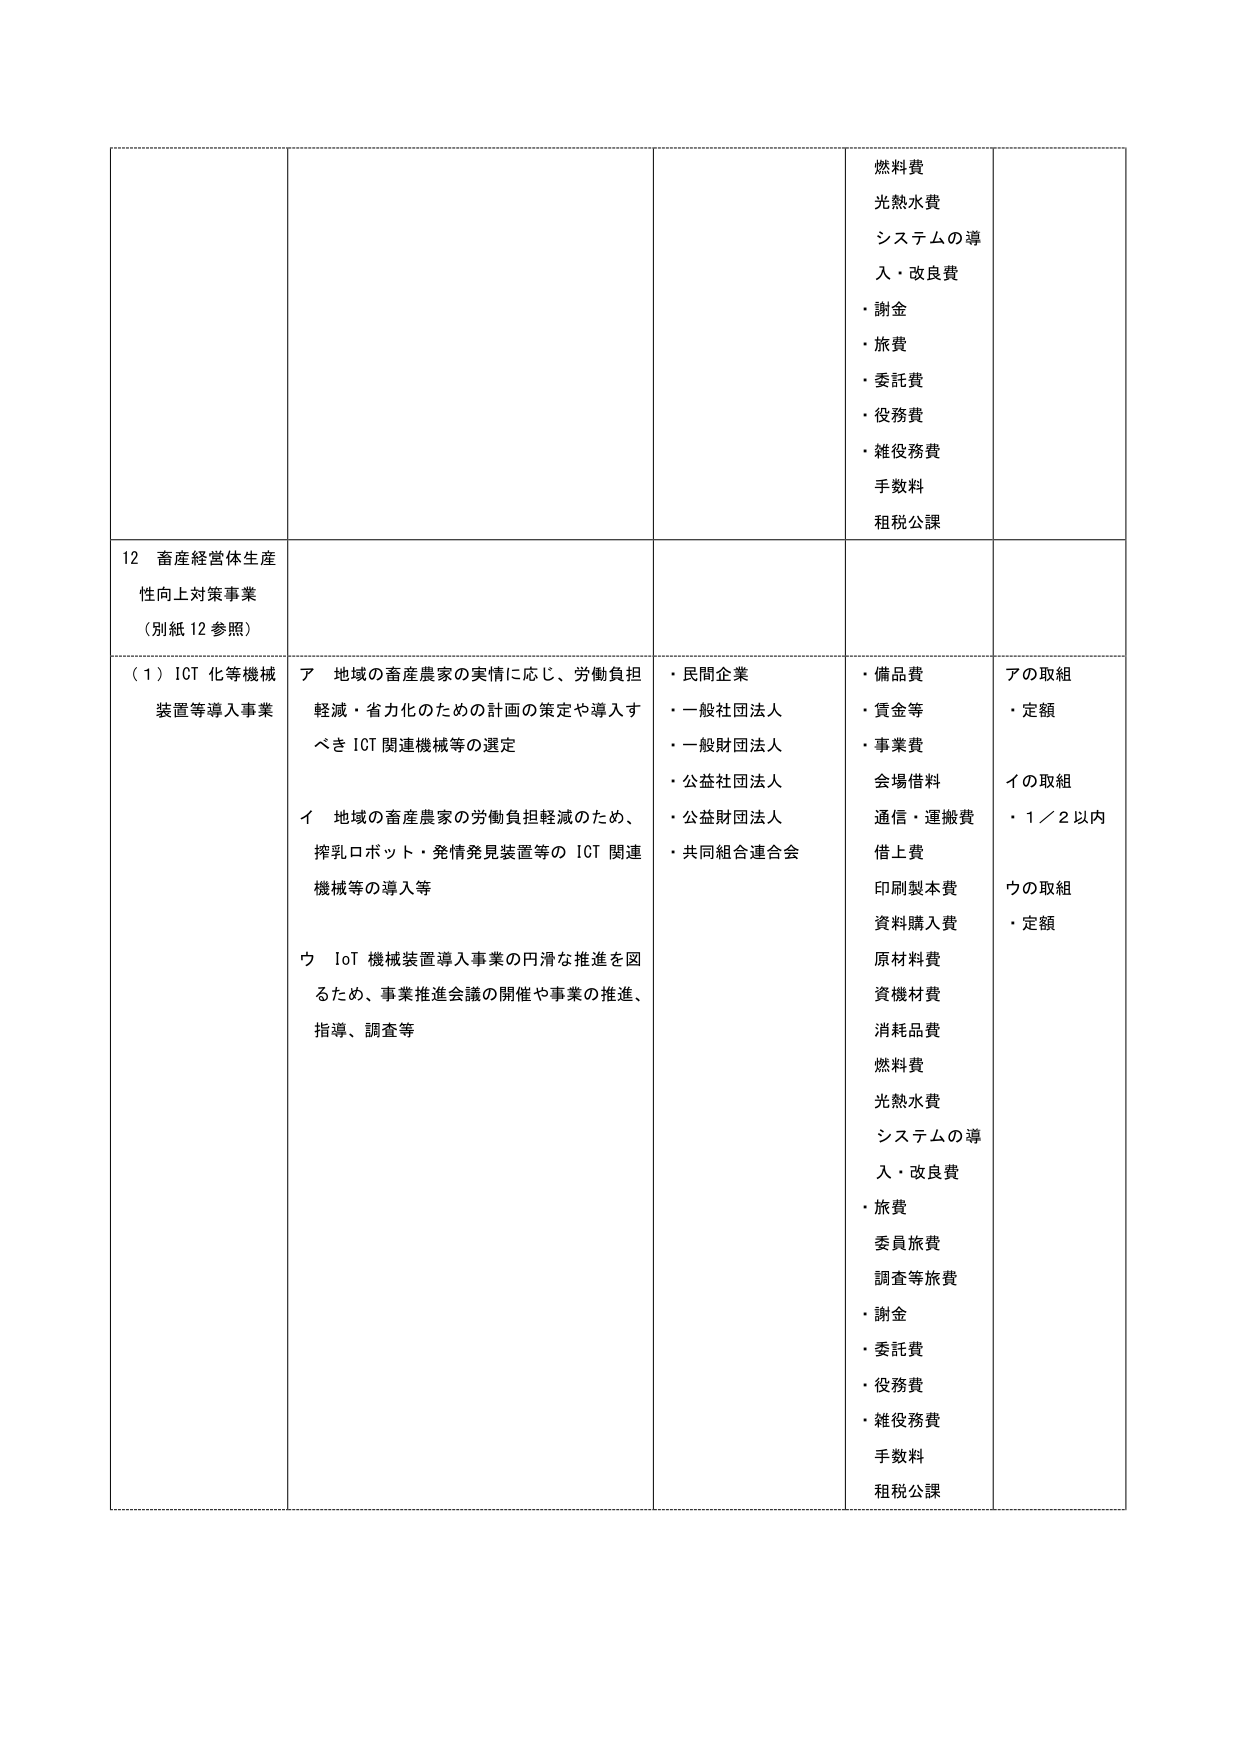
12 畜産経営体生産
性向上対策事業
（別紙 12 参照）

（１）ICT 化等機械
装置等導入事業

ア 地域の畜産農家の実情に応じ、労働負担
軽減・省力化のための計画の策定や導入す
べき ICT 関連機械等の選定

イ 地域の畜産農家の労働負担軽減のため、
搾乳ロボット・発情発見装置等の ICT 関連
機械等の導入等

ウ IoT 機械装置導入事業の円滑な推進を図
るため、事業推進会議の開催や事業の推進、
指導、調査等

・民間企業
・一般社団法人
・一般財団法人
・公益社団法人
・公益財団法人
・共同組合連合会

・備品費
・賃金等
・事業費
会場借料
通信・運搬費
借上費
印刷製本費
資料購入費
原材料費
資機材費
消耗品費
燃料費
光熱水費
システムの導入・改良費
・旅費
委員旅費
調査等旅費
・謝金
・委託費
・役務費
・雑役務費
手数料
租税公課

アの取組
・定額

イの取組
・1／2 以内

ウの取組
・定額

燃料費
光熱水費
システムの導入・改良費
・謝金
・旅費
・委託費
・役務費
・雑役務費
手数料
租税公課